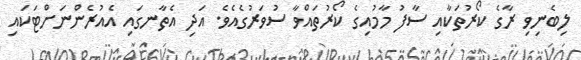
ލިބެނިވި ރާގެ ކޯރުތަކާއި ސާފު މާމުއިގެ ކޯރުތައްވާ ސުވަރުގެއެވެ. އަދި އެތާނގައި އެއުރެންނަށްޓަކައި